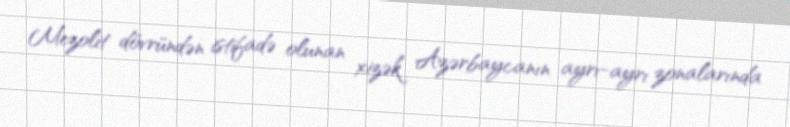
Mezolit dövründən istifadə olunan xizək Azərbaycanın ayrı-ayrı zonalarında